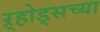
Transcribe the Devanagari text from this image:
ऱ्होड्सच्या